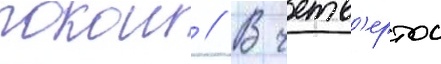
покои // В четв'ертои